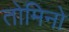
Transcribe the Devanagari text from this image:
तोमिनो